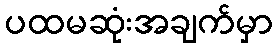
ပထမဆုံးအချက်မှာ